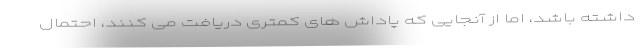
داشته باشد، اما از آنجایی که پاداش های کمتری دریافت می کنند، احتمال